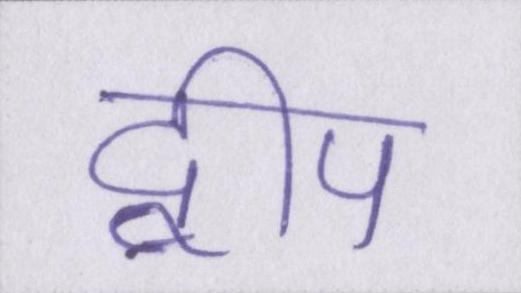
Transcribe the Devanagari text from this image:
द्वीप